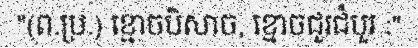
"(ព.ប្រ.) ខ្មោចបិសាច, ខ្មោចជួរជំបួរ :"